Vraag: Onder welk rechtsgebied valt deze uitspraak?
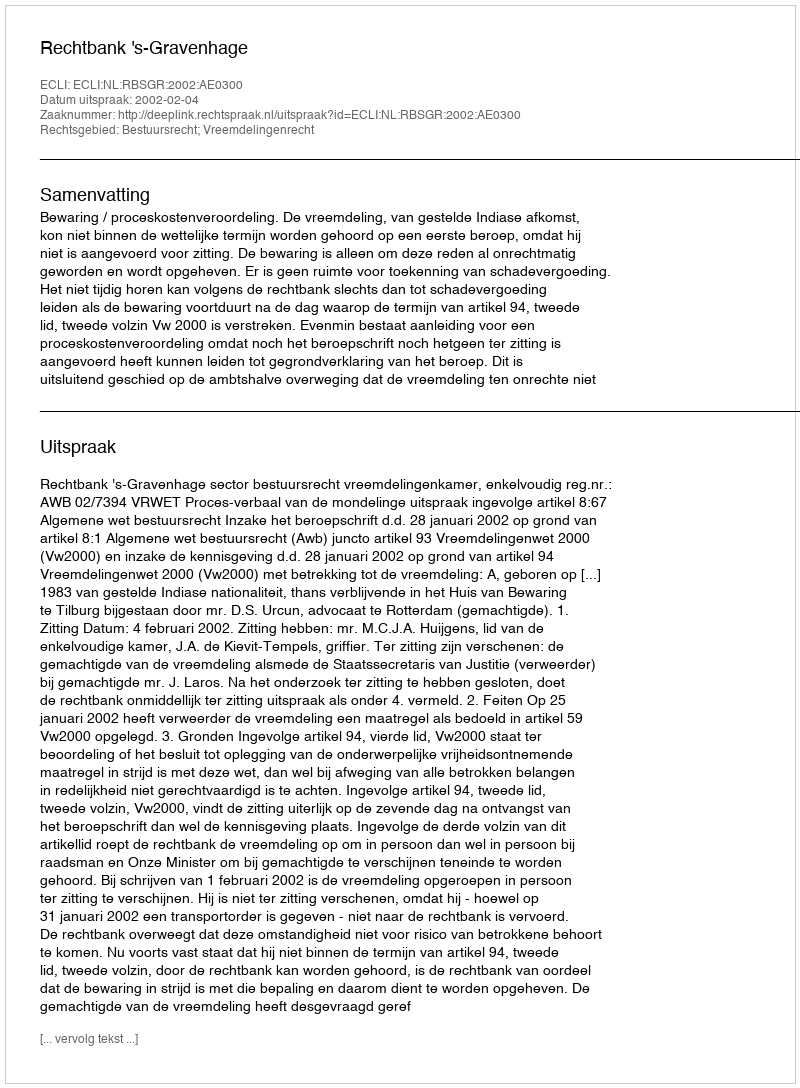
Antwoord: Bestuursrecht; Vreemdelingenrecht